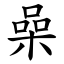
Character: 喿